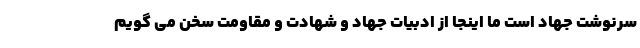
سرنوشت جهاد است ما اینجا از ادبیات جهاد و شهادت و مقاومت سخن می گویم